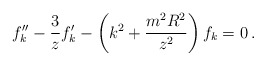
\begin{align*} f_k '' - {3\over z}f_k ' - \left( k^2 + {m^2 R^2\over z^2}\right)f_k = 0\,.\end{align*}